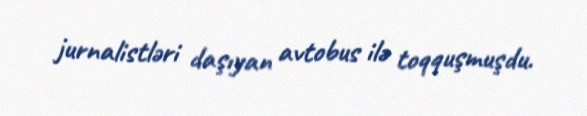
jurnalistləri daşıyan avtobus ilə toqquşmuşdu.